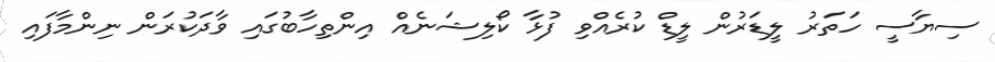
ސިޔާސީ ހަތަރު ލީޑަރުން ލީޑް ކުރެއްވި ފުޅާ ކޯލިޝަނެއް އިންތިހާބުގައި ވާދަކުރަން ނިންމާފައި